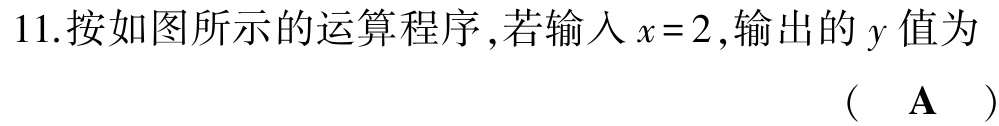
11.按如图所示的运算程序,若输入\(x = 2\),输出的\(y\)值为 （  \(\mathbf{A}\)  ）